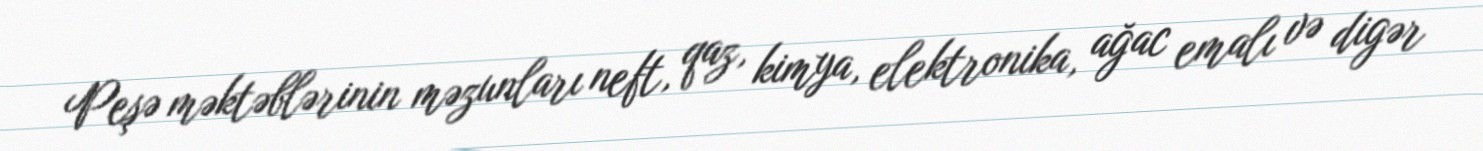
Peşə məktəblərinin məzunları neft, qaz, kimya, elektronika, ağac emalı və digər